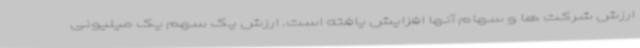
ارزش شرکت ها و سهام آنها افزایش یافته است. ارزش یک سهم یک میلیونی